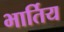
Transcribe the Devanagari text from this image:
भार्तिय